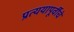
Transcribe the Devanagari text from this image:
प्रत्ययापूर्वीचे